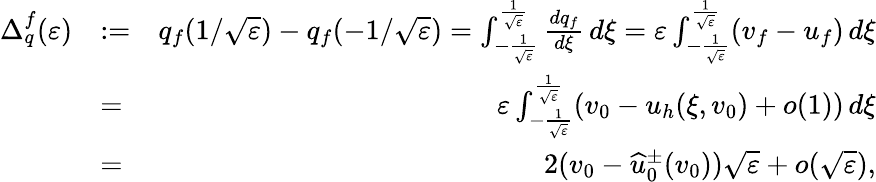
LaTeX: \begin{array}{rlr}{\Delta_{q}^{f}(\varepsilon)}&{:=}&{q_{f}(1/\sqrt\varepsilon)-q_{f}(-1/\sqrt\varepsilon)=\int_{-\frac 1{\sqrt\varepsilon}}^{\frac 1{\sqrt\varepsilon}}\frac{dq_{f}}{d\xi}\, d\xi=\varepsilon\int_{-\frac 1{\sqrt\varepsilon}}^{\frac 1{\sqrt\varepsilon}}(v_{f}-u_{f})\, d\xi}\\ &{=}&{\varepsilon\int_{-\frac 1{\sqrt\varepsilon}}^{\frac 1{\sqrt\varepsilon}}(v_{0}-u_{h}(\xi,v_{0})+o(1))\, d\xi}\\ &{=}&{2(v_{0}-\widehat{u}_{0}^{\pm}(v_{0}))\sqrt\varepsilon+o(\sqrt\varepsilon),}\end{array}